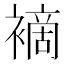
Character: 䙗